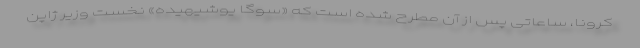
کرونا، ساعاتی پس از آن مطرح شده است که «سوگا یوشیهیده» نخست وزیر ژاپن